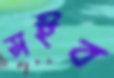
সইব